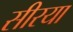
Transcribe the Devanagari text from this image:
सीरया